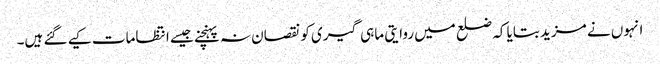
انہوں نے مزید بتایا کہ ضلع میں روایتی ماہی گیری کو نقصان نہ پہنچنے جیسے انتظامات کیے گئے ہیں۔